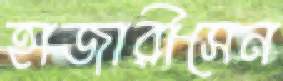
হাজারীসেন